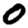
Digit: 0